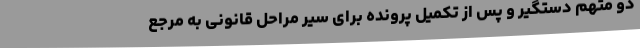
دو متهم دستگیر و پس از تکمیل پرونده برای سیر مراحل قانونی به مرجع